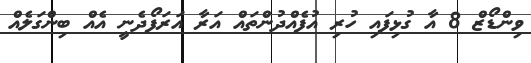
ވިންޑޯޒް 8 އާ ގުޅިފައި ހުރި އުފެއްދުންތައް އަރާ އަރަފޯދެނީ އެއް ބިންގަލެއް